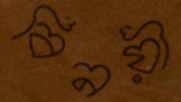
বিনয়ী